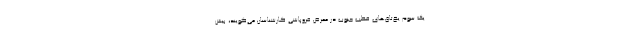
یک سوم یخ‌تاق‌های قطب جنوب در معرض فروپاشی کارشناسان می‌گویند، بیش